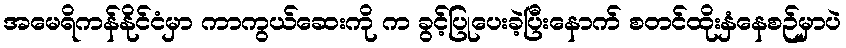
အမေရိကန်နိုင်ငံမှာ ကာကွယ်ဆေးကို က ခွင့်ပြုပေးခဲ့ပြီးနောက် စတင်ထိုးနှံနေစဉ်မှာပဲ